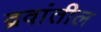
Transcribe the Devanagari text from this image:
द्रवांतील